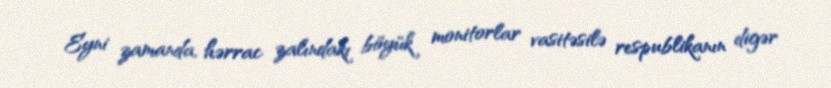
Eyni zamanda, hərrac zalındakı böyük monitorlar vasitəsilə respublikanın digər